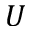
U